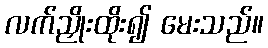
လက်ညှိုးထိုး၍ မေးသည်။